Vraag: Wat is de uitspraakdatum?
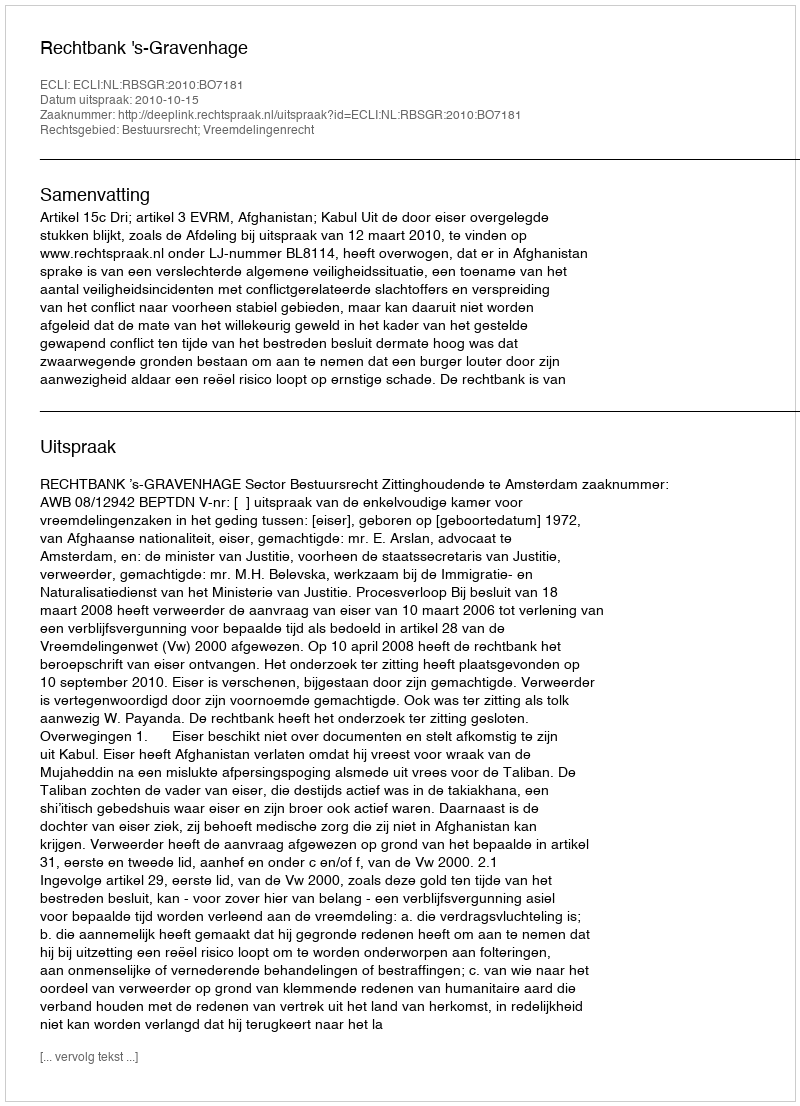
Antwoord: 2010-10-15